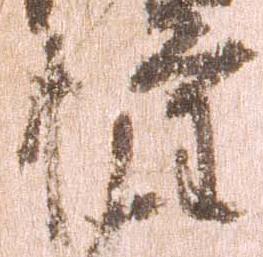
権